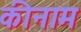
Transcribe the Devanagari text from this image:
कीनाम